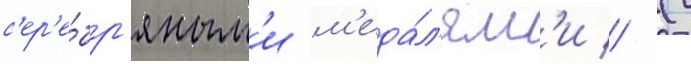
с'ер'е́бр'яным'и м'еда́л'ям'и // (с